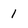
Character: 1